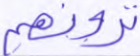
ترونهم